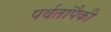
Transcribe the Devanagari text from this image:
पर्वतांपैकी